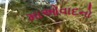
માઓવાદનો